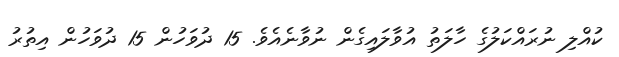
ކުއްލި ނުރައްކަލުގެ ހާލަތު އުވާލައިގެން ނުވާނެއެވެ. 15 ދުވަހުން 15 ދުވަހުން އިތުރު